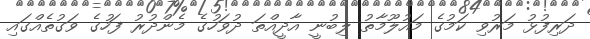
ދަރިފުޅު މަރުވި ކަމުގެ މައުލޫމާތު ލިބުނީ އާދީއްތަ ދުވަހުގެ މެންދުރު ފަހުގެ ވަގުތެއްގައި